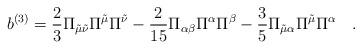
LaTeX: \begin{align*}b^{(3)}=\frac{2}{3}\Pi_{\tilde\mu\tilde\nu}\Pi^{\tilde\mu}\Pi^{\tilde \nu}-\frac{2}{15}\Pi_{\alpha\beta}\Pi^\alpha\Pi^\beta- \frac{3}{5}\Pi_{\tilde\mu\alpha}\Pi^{\tilde\mu}\Pi^\alpha \quad. \end{align*}